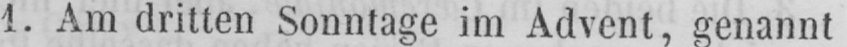
1. Am dritten Sonntage im Advent, genannt